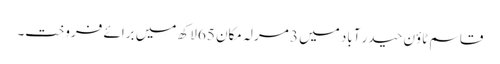
قاسم ٹاؤن حیدر آباد میں 3 مرلہ مکان 65 لاکھ میں برائے فروخت۔